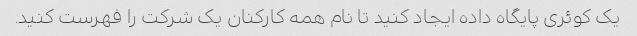
یک کوئری پایگاه داده ایجاد کنید تا نام همه کارکنان یک شرکت را فهرست کنید.